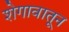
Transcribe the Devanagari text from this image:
शेगावातून